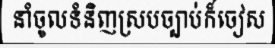
នាំចូលទំនិញស្របច្បាប់ក៏ចៀស